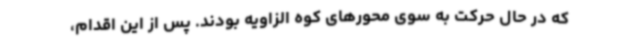
که در حال حرکت به سوی محورهای کوه الزاویه بودند. پس از این اقدام،